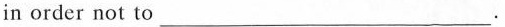
in order not to ___.